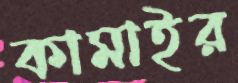
কামাইর